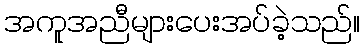
အကူအညီများပေးအပ်ခဲ့သည်။